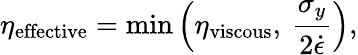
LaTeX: \eta_{\mathrm{effective}}=\operatorname*{min}\left(\eta_{\mathrm{viscous}},\: \frac{\sigma_{y}}{2\dot{\epsilon}}\right),